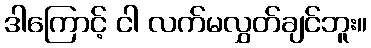
ဒါကြောင့် ငါ လက်မလွှတ်ချင်ဘူး။